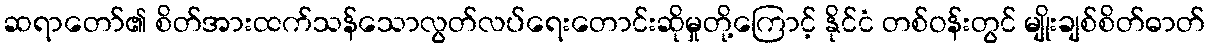
ဆရာတော်၏ စိတ်အားထက်သန်သောလွတ်လပ်ရေးတောင်းဆိုမှုတို့ကြောင့် နိုင်ငံ တစ်ဝန်းတွင် မျိုးချစ်စိတ်ဓာတ်